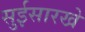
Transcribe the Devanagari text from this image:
सुईसारखे